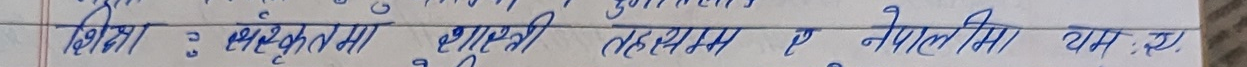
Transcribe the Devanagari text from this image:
शिक्षा : चन्द्रमल्ल शुद्धीकरण त्यसैगरी य नेपालमा यम र